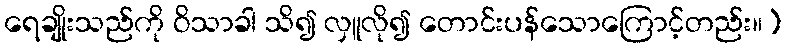
ရေချိုးသည်ကို ဝိသာခါ သိ၍ လှူလို၍ တောင်းပန်သောကြောင့်တည်း။)